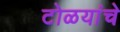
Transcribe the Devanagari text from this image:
टोळयांचे